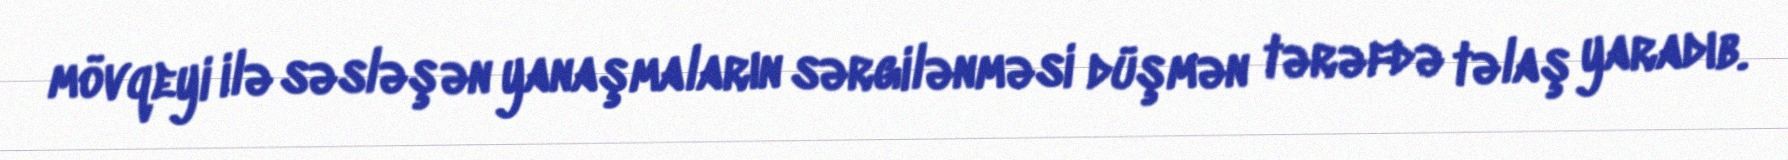
mövqeyi ilə səsləşən yanaşmaların sərgilənməsi düşmən tərəfdə təlaş yaradıb.